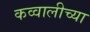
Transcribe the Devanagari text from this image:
कव्वालीच्या